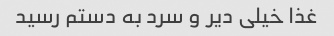
غذا خیلی دیر و سرد به دستم رسید